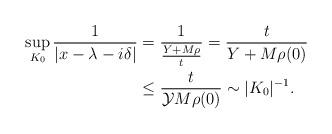
LaTeX: \begin{align*} \sup_{K_0} \frac{ 1 }{ |x- \lambda - i\delta|} &= \frac{1}{ \frac{Y+M\rho}{t} } = \frac{t}{Y + M\rho (0)} \\ & \leq \frac{t}{\mathcal{Y} M\rho (0)} \sim |K_0|^{-1}.\end{align*}